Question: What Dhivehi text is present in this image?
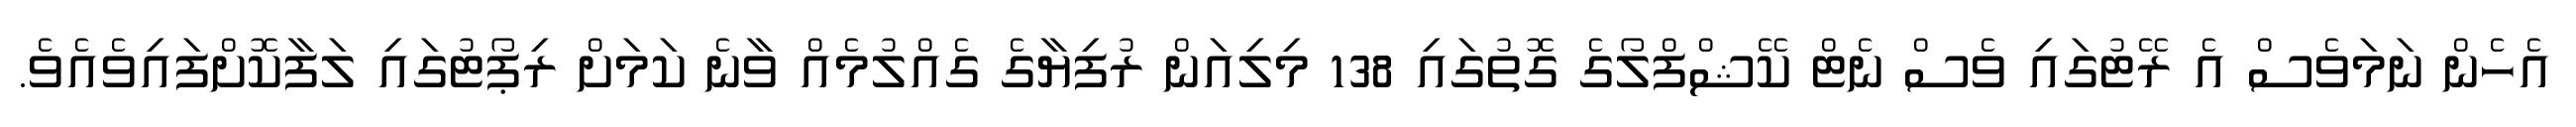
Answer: އެހެން ނަމަވެސް އެ ރޭޓުގައި ވެސް ނެޓް ކޭޝްފްލޯގެ ގޮތުގައި 138 މިލިއަން ރުފިޔާގެ ގެއްލުމެއް ވާނެ ކަމަށް ރިޕޯޓުގައި ލަފާކޮށްފައިވެއެވެ.